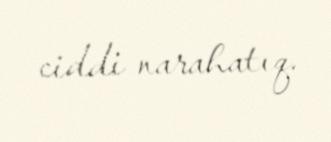
ciddi narahatıq.